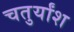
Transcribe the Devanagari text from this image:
चतुर्यांश